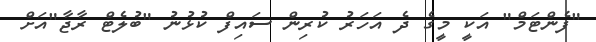
"ފެންޓަމް" އަކީ މީގެ ދެ އަހަރު ކުރިން ސައިފް ކުޅުނު "ބުލެޓް ރާޖާ"އަށް